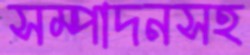
সম্পাদনসহ